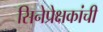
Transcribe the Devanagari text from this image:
सिनेप्रेक्षकांची